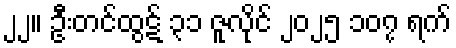
၂၂။ ဦးတင်ထွဋ် ၃၁ ဇူလိုင် ၂၀၂၅ ၁၀၇ ရက်